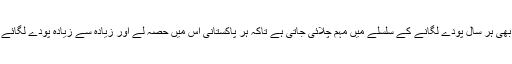
درختوں کی ایسی افادیت کے پیش نظر پاکستان میں بھی ہر سال پودے لگانے کے سلسلے میں مہم چلائی جاتی ہے تاکہ ہر پاکستانی اس میں حصہ لے اور زیادہ سے زیادہ پودے لگائے تاکہ وہ نہیں تو آنے والی نسل اس سے استفادہ کرے۔